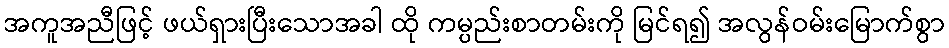
အကူအညီဖြင့် ဖယ်ရှားပြီးသောအခါ ထို ကမ္ပည်းစာတမ်းကို မြင်ရ၍ အလွန်ဝမ်းမြောက်စွာ